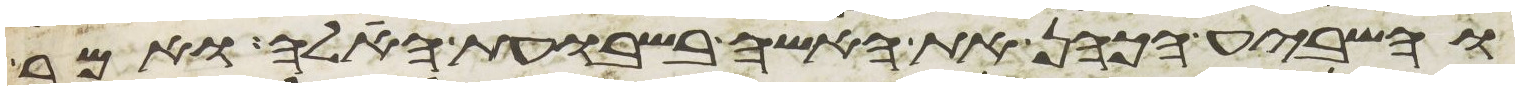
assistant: והשביע הכהן את האשה בשבועת האלה ואמר